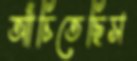
আঁচিতেছিস